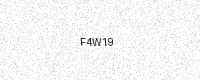
Text: F4W19